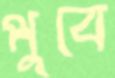
পুবে